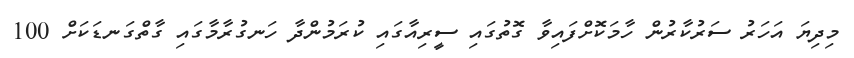
މިދިޔަ އަހަރު ސަރުކާރުން ހާމަކޮށްފައިވާ ގޮތުގައި ސީރިއާގައި ކުރަމުންދާ ހަނގުރާމާގައި ގާތްގަނޑަކަށް 100